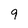
Character: 9